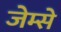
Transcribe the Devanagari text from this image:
जेम्से